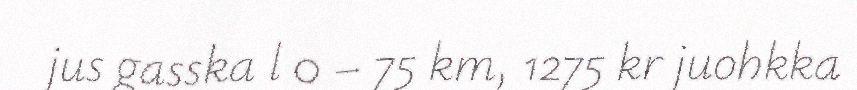
jus gasska l 0 – 75 km, 1275 kr juohkka